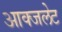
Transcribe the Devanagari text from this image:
आक्जलेट